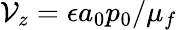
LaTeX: \mathcal{V}_{z}={\epsilon a_{0}p_{0}}/{\mu_{f}}